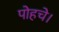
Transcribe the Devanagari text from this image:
पोहचे।